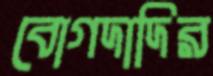
বোগদাদির